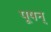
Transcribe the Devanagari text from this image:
पूषन्